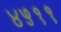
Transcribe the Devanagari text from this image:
४५११